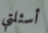
أسئلتي